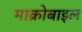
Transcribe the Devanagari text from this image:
माक्रोबाइल